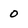
Character: 0